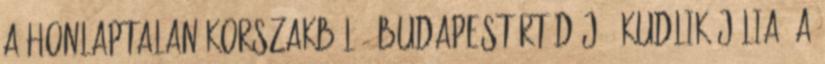
a honlaptalan korszakból:- Budapestért díj - Kudlik Júlia: A